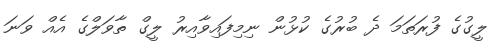
ލީގުގެ ފުރަތަމަ ދެ ބުރުގެ ކުޅުން ނިމިފައިވާއިރު ލީގް ތާވަލްގެ އެއް ވަނަ